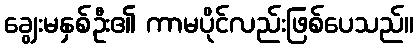
ချွေးမနှစ်ဦး၏ ကာမပိုင်လည်းဖြစ်ပေသည်။